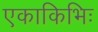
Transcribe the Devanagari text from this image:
एकाकिभिः